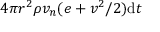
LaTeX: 4 \pi r ^ { 2 } \rho v _ { n } ( e + v ^ { 2 } / 2 ) \mathrm { d } t